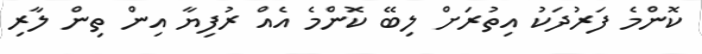
ކޮންމެ ފަރުދަކު އިތުރަށް ލިބޭ ކޮންމެ އެއް ރުފިޔާ އިން ތިން ލާރި